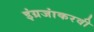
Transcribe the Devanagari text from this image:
इंग्रजांकरवी